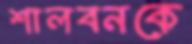
শালবনকে